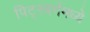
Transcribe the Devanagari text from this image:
पिट्स्बर्गमध्ये